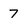
Character: 7